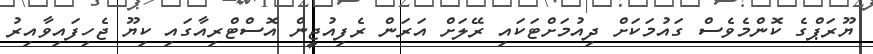
ޔޫރަޕްގެ ކޮންމެވެސް ގައުމަކަށް ދިއުމަށްޓަކައި ރޭލަށް އަރަން ރެފިއުޖީން އޮސްޓްރިއާގައި ކިޔޫ ޖެހިފައިވާއިރު